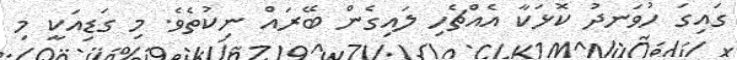
ގައިގަ ހުވަނދު ކޮޅަކާ އެއްޗެހި ލައިގެން ބޭރައް ނިކުތެވެ. މި ގަޑިއަކީ މި